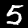
Label: 5